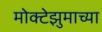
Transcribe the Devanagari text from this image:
मोक्टेझुमाच्या